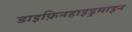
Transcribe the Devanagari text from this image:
डाइफ़िनहाइड्रमाइन